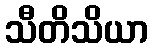
သီတိသိယာ